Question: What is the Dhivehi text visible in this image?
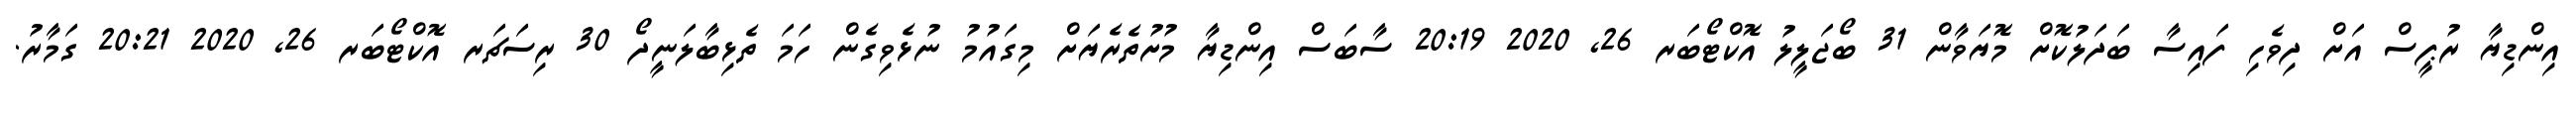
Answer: އިންޑިޔާ ރުޕީސް އަށް ދިވެހި ފައިސާ ބަދަލުކޮށް މޮޔަވާން 31 ބޯޖަލީލު އޮކްޓޯބަރ 26, 2020 20:19 ސާބަސް އިންޑިޔާ މުށުތެރެޔަށް މިގައުމު ނުޅެވިގެން ހަމަ ތެޅިބާލަނީދޯ 30 ރިސަޗަރ އޮކްޓޯބަރ 26, 2020 20:21 ގަމާރު.